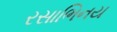
રસાભિનય